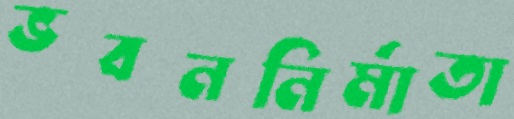
ভবননির্মাতা